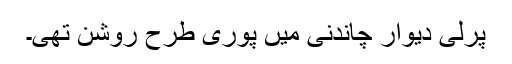
پرلی دیوار چاندنی میں پوری طرح روشن تھی۔